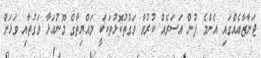
ޖަނާޒާއެއްގައި އެންމެ ފުން އަސަރެއް ކުރުވާ ވަގުތުކޮޅުތަކަކީ މައްޔިތާގެ މޫނުއަޅާ ވަގުތާއި ވަޅަށް